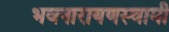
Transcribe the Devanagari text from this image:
भवनारायणस्‍वामी